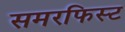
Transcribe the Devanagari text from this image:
समरफिस्ट